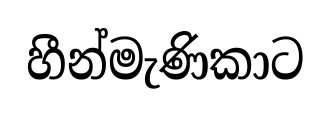
හීන්මැණිකාට